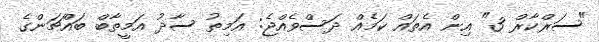
"ސަރްކާރް 3" އިން އެތައް ކަމެއް ދަސްވެއްޖެ: އަމިތު ސާދު އަމީތާބް ބައްޗަންގެ